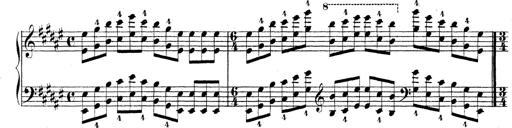
Title: Technische Studien
Composer: Franz Liszt